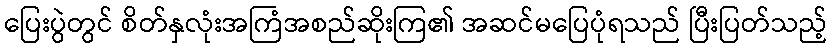
ပြေးပွဲတွင် စိတ်နှလုံးအကြံအစည်ဆိုးကြ၏ အဆင်မပြေပုံရသည် ပြီးပြတ်သည့်